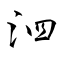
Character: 泗